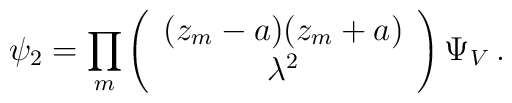
\psi_2 = \prod_m \left(    \begin{array}{c}    (z_m-a) (z_m+a) \\ \lambda^2    \end{array}\right) \Psi_V\,.